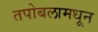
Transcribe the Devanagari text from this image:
तपोबलामधून